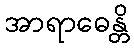
အာရာဓေန္တိ